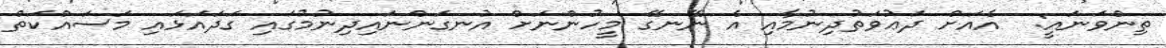
ތިންވަނައީ:  އެއަށް ދަޢުވަތުދިނުމާއި އެ ނޭނގޭ މީހުންނަށް އުނގަންނައިދިނުމުގައި ގަދައަޅައި މަސައްކަތް